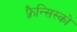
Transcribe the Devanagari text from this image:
फ़्रैन्सिस्को